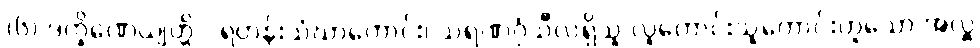
(၆) ဒက္ခိဏေယျတ္တိ - ရဟန်းသံဃာကောင်း၊ သရဏဂုံသီလရှိသူ လူကောင်းသူကောင်းဟူသော အလှူ